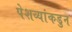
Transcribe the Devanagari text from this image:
पेशव्यांकडुन